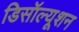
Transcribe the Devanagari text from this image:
डिसॉल्यूशन